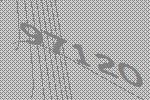
97120